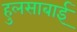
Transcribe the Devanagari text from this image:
हुलसाबाई